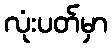
လုံးပတ်မှာ